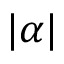
| \alpha |